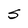
Character: S